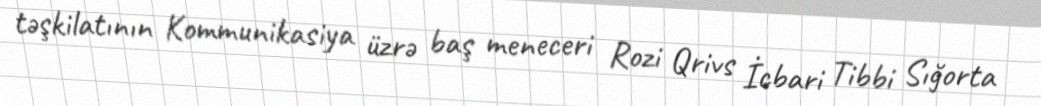
təşkilatının Kommunikasiya üzrə baş meneceri Rozi Qrivs İcbari Tibbi Sığorta